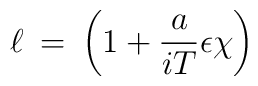
\ell \> = \>\left ( 1 + \frac{a}{i T} \epsilon \chi \right )